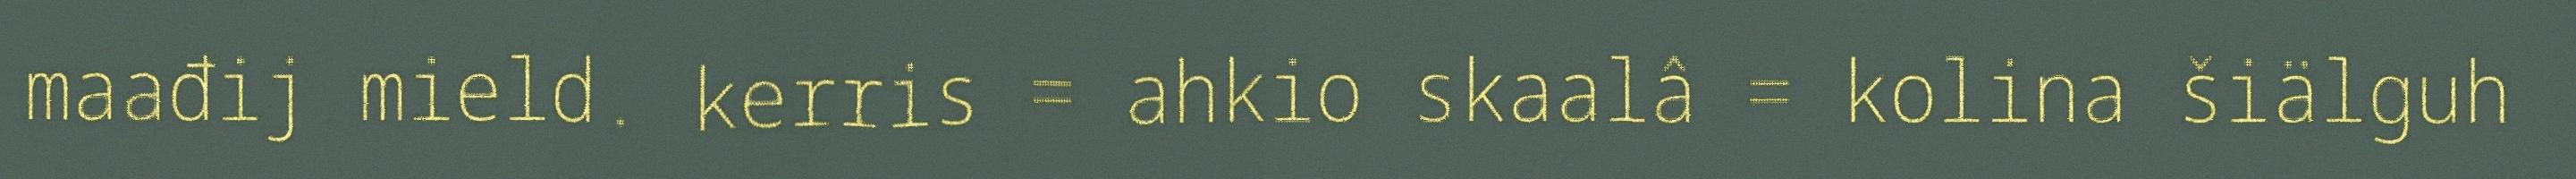
maađij mield. kerris = ahkio skaalâ = kolina šiälguh